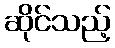
ဆိုင်သည့်